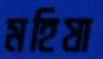
মহিষা